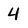
Character: 4